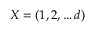
X = ( 1 , 2 , \ldots d )